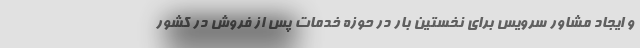
و ایجاد مشاور سرویس برای نخستین بار در حوزه خدمات پس از فروش در کشور